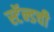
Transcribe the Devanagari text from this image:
स्टॅन्डची